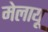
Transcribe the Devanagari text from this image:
मेलायू